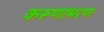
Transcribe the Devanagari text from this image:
करूणाभरण